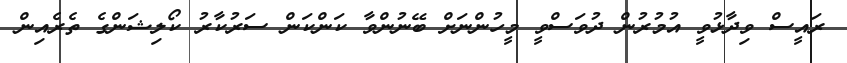
ރައީސް ވިދާޅުވީ އުމުރުން ދުވަސްވީ މީހުންނަށް ބޭނުންވާ ކަންކަން ސަރުކާރު ކޯލިޝަންގެ ތެރެއިން